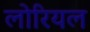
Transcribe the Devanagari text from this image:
लोरियल